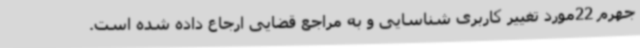
جهرم 22مورد تغییر کاربری شناسایی و به مراجع قضایی ارجاع داده شده است.